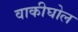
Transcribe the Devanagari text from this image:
वाकीघोल